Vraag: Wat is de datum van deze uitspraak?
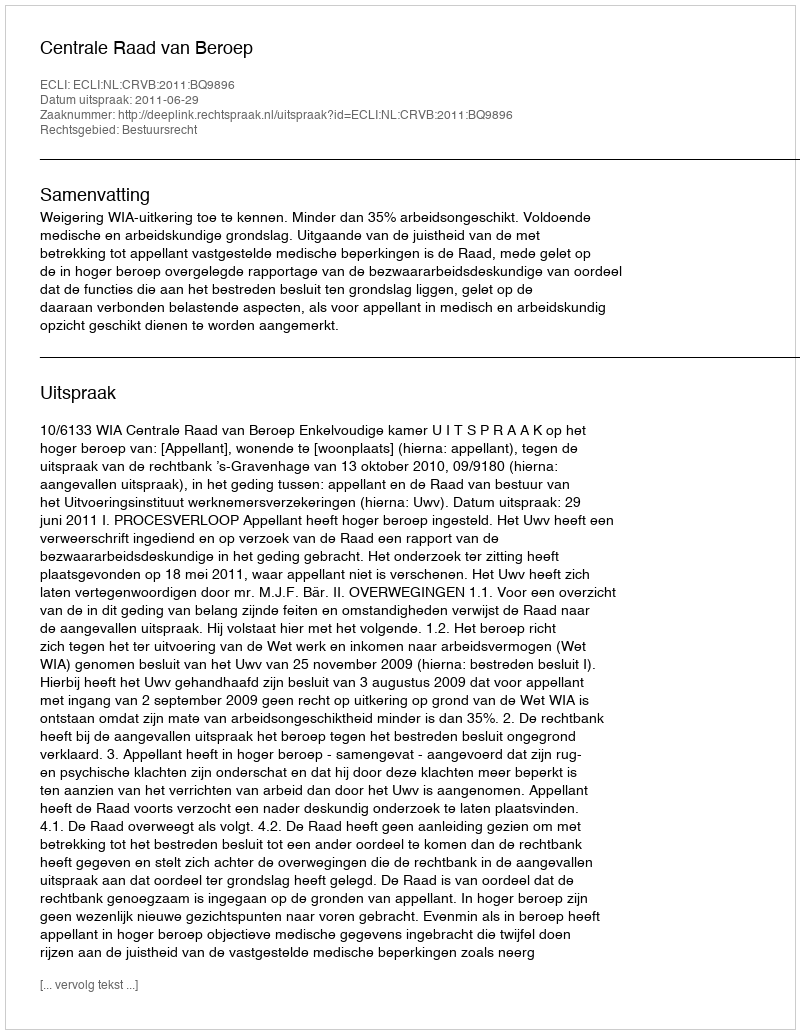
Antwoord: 2011-06-29